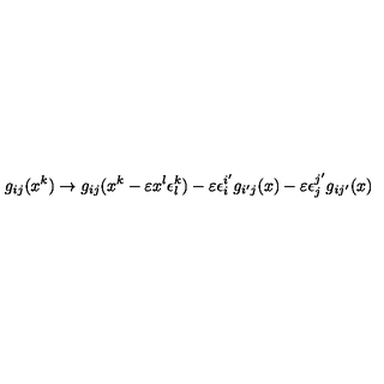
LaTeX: g _ { i j } ( x ^ { k } ) \rightarrow g _ { i j } ( x ^ { k } - \varepsilon x ^ { l } \epsilon _ { l } ^ { k } ) - \varepsilon \epsilon _ { i } ^ { i ^ { \prime } } g _ { i ^ { \prime } j } ( x ) - \varepsilon \epsilon _ { j } ^ { j ^ { \prime } } g _ { i j ^ { \prime } } ( x )